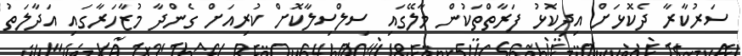
ސަރުކާރާ ދެކޮޅަށް އިދިކޮޅު ފަރާތްތަކުން މާލޭގައި ސިލްސިލާކޮށް ކުރިއަށް ގެންދާ މުޒާހަރާގައި އަދާލަތު